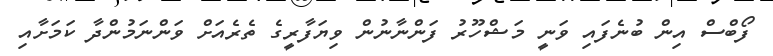
ފޯބްސް އިން ބުނެފައި ވަނީ މަޝްހޫރު ފަންނާނުން ވިޔަފާރީގެ ތެރެއަށް ވަންނަމުންދާ ކަމަށާއި